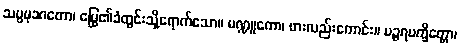
သပ္ပမုခဂတော၊ မြွေ၏ခံတွင်းသို့ရောက်သော။ မဏ္ဍူကော၊ ဖားလည်းကောင်း။ ပဉ္ဇရပက္ခိတ္တော၊